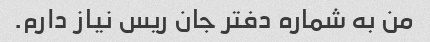
من به شماره دفتر جان ریس نیاز دارم.